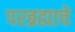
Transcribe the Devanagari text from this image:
परब्रह्माचे